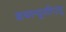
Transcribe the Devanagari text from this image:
डबल्यूसीएयू